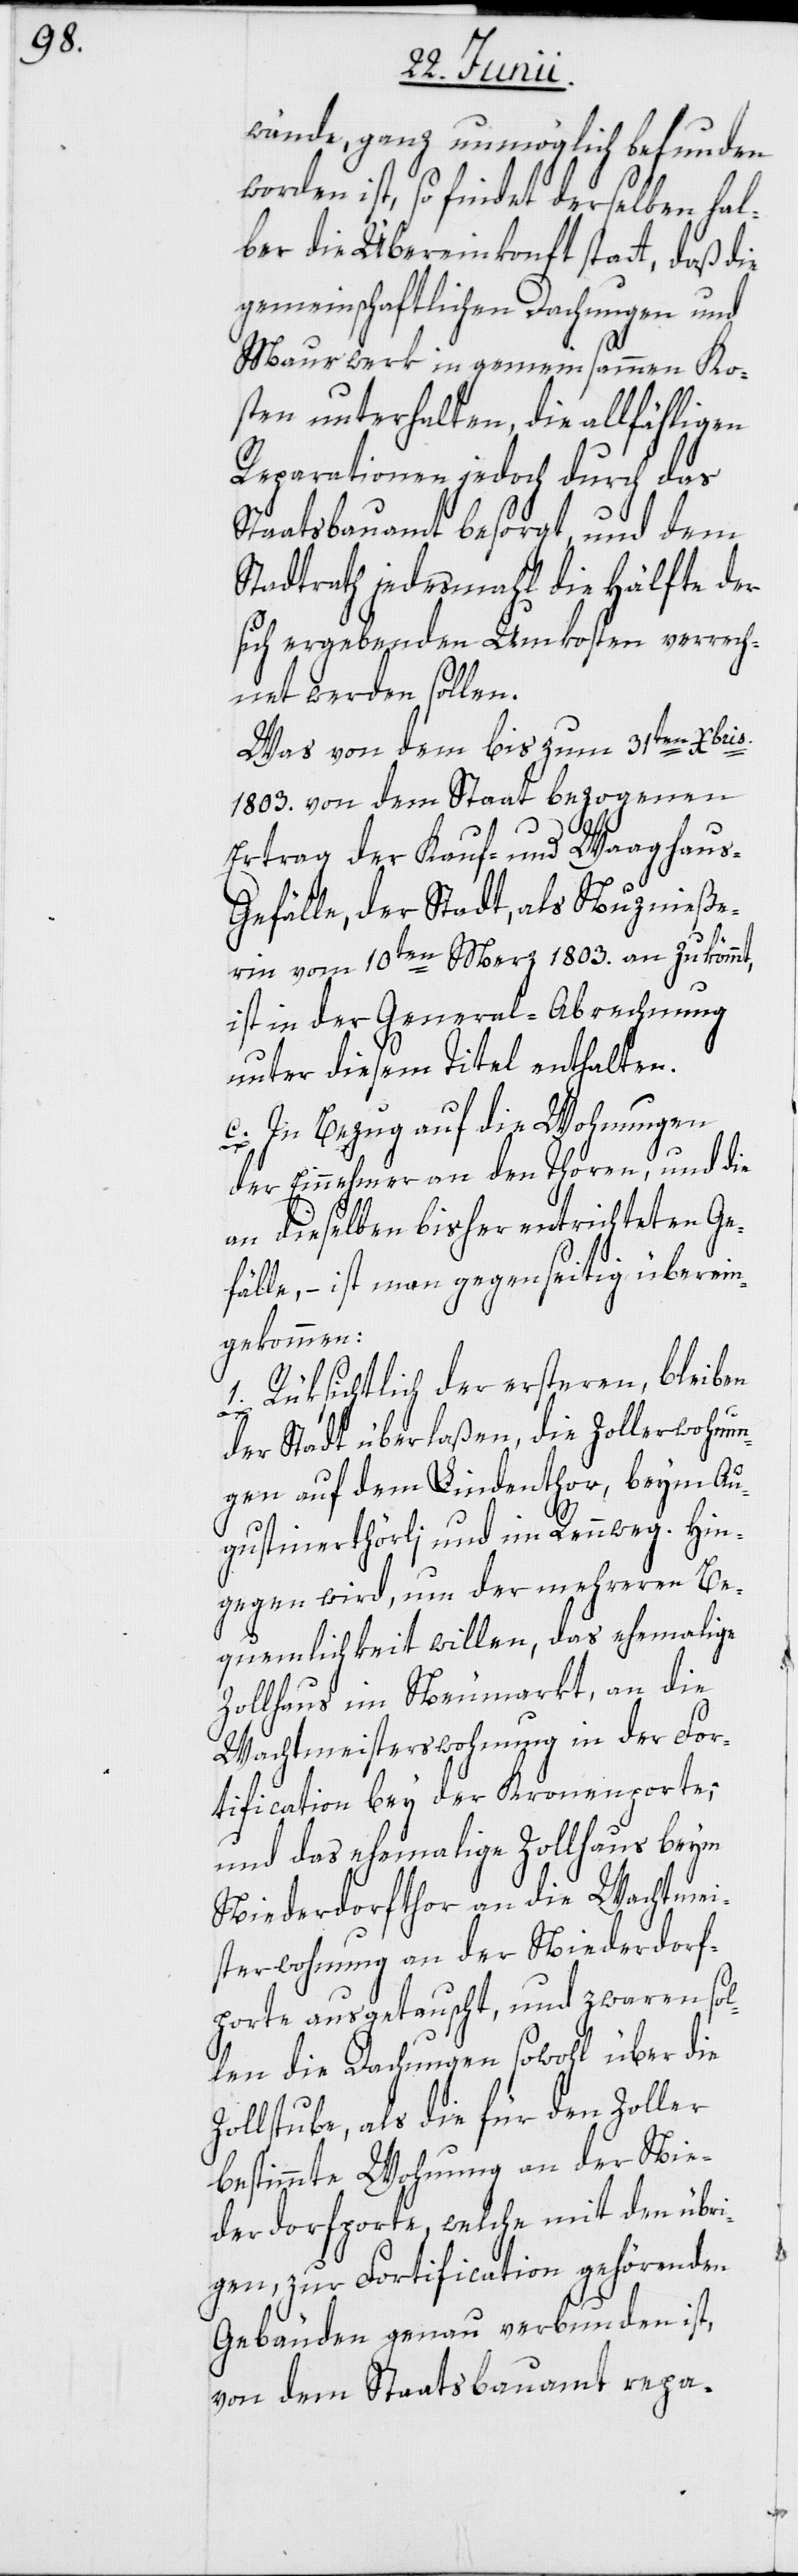
wände, ganz unmöglich befunden
worden ist, so findet derselben hal¬
ber die Übereinkonft statt, daß die
gemeinschaftlichen Dachungen und
Maurwerk in gemeinsammen Ko¬
sten unterhalten, die allfähligen
Reparationen jedoch durch das
Staatsbauamt besorgt, und dem
Stadtrath jedesmahl die Hälfte der
sich ergebenden Umkosten verrech¬
net werden sollen.
Was von dem bis zum 31ten [Dece¬
1803. von dem Staat bezogenen
ris
Ertrag der Kauf- und Waaghau¬
s-Gefälle, der Stadt, als Nuznieße¬
rin vom 10ten Merz 1803. an zukömmt,
ist in der General-Abrechnung
unter diesem Titel enthalten.
c. In Bezug auf die Wohnungen
m]b¬
der Einnehmer an den Thoren, und die
an dieselben bisher entrichteten Ge¬
fälle, – ist man gegenseitig überein¬
gekommen:
1. Rüksichtlich der ersteren, bleiben
der Stadt überlaßen, die Zollerwohnun¬
gen auf dem Lindenthor, beym Au¬
gustinerthörli und im Rennweg. Hin¬
gegen wird, um der mehreren Be¬
quemlichkeit willen, das ehemalige
Zollhaus im Neumarkt, an die
Wachtmeisterswohung in der For¬
tification bey der Kronenporte,
und das ehemalige Zollhaus beym
Niederdorfthor an die Wachtmei¬
sterwohung an der Niederdorf¬
porte ausgetauscht, und zwaren sol¬
len die Dachungen sowohl über die
Zollstube, als die für den Zoller
bestimmte Wohnung an der Nie¬
derdorfporte, welche mit den übri¬
gen, zur Fortification gehörenden
Gebäuden genau verbunden ist,
von dem Staatsbauamt repa-